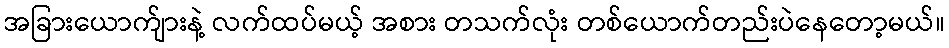
အခြားယောက်ျားနဲ့ လက်ထပ်မယ့် အစား တသက်လုံး တစ်ယောက်တည်းပဲနေတော့မယ်။